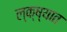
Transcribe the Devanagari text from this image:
ल्क्ष्यात